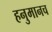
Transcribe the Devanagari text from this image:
हनुमानच